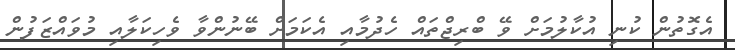
އެގޮތުން ކުނި އުކާލުމަށް ވޭ ބްރިޖްތައް ހެދުމާއި އެކަމަށް ބޭނުންވާ ވެހިކަލާއި މުވައްޒަފުން